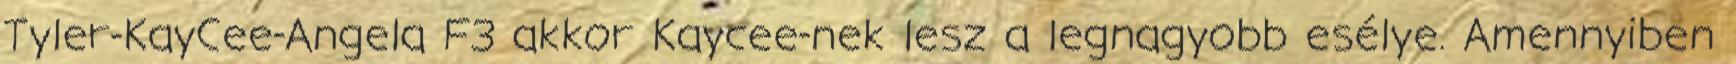
Tyler-KayCee-Angela F3 akkor Kaycee-nek lesz a legnagyobb esélye. Amennyiben